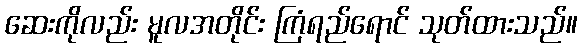
ဆေးကိုလည်း မူလအတိုင်း ကြံရည်ရောင် သုတ်ထားသည်။